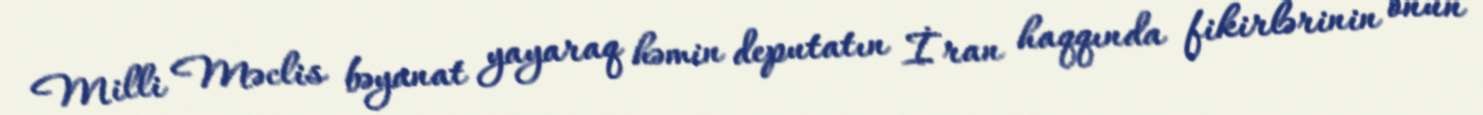
Milli Məclis bəyanat yayaraq həmin deputatın İran haqqında fikirlərinin onun